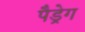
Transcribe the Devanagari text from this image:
पैड्रेग